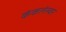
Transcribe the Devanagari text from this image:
कंकलेस्वर